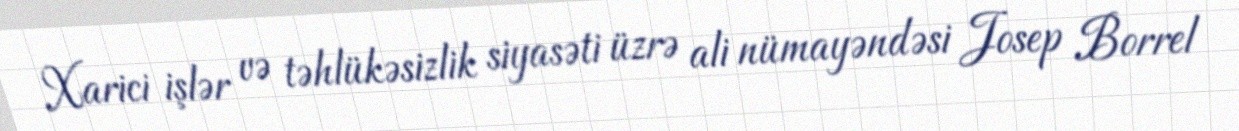
Xarici işlər və təhlükəsizlik siyasəti üzrə ali nümayəndəsi Josep Borrel